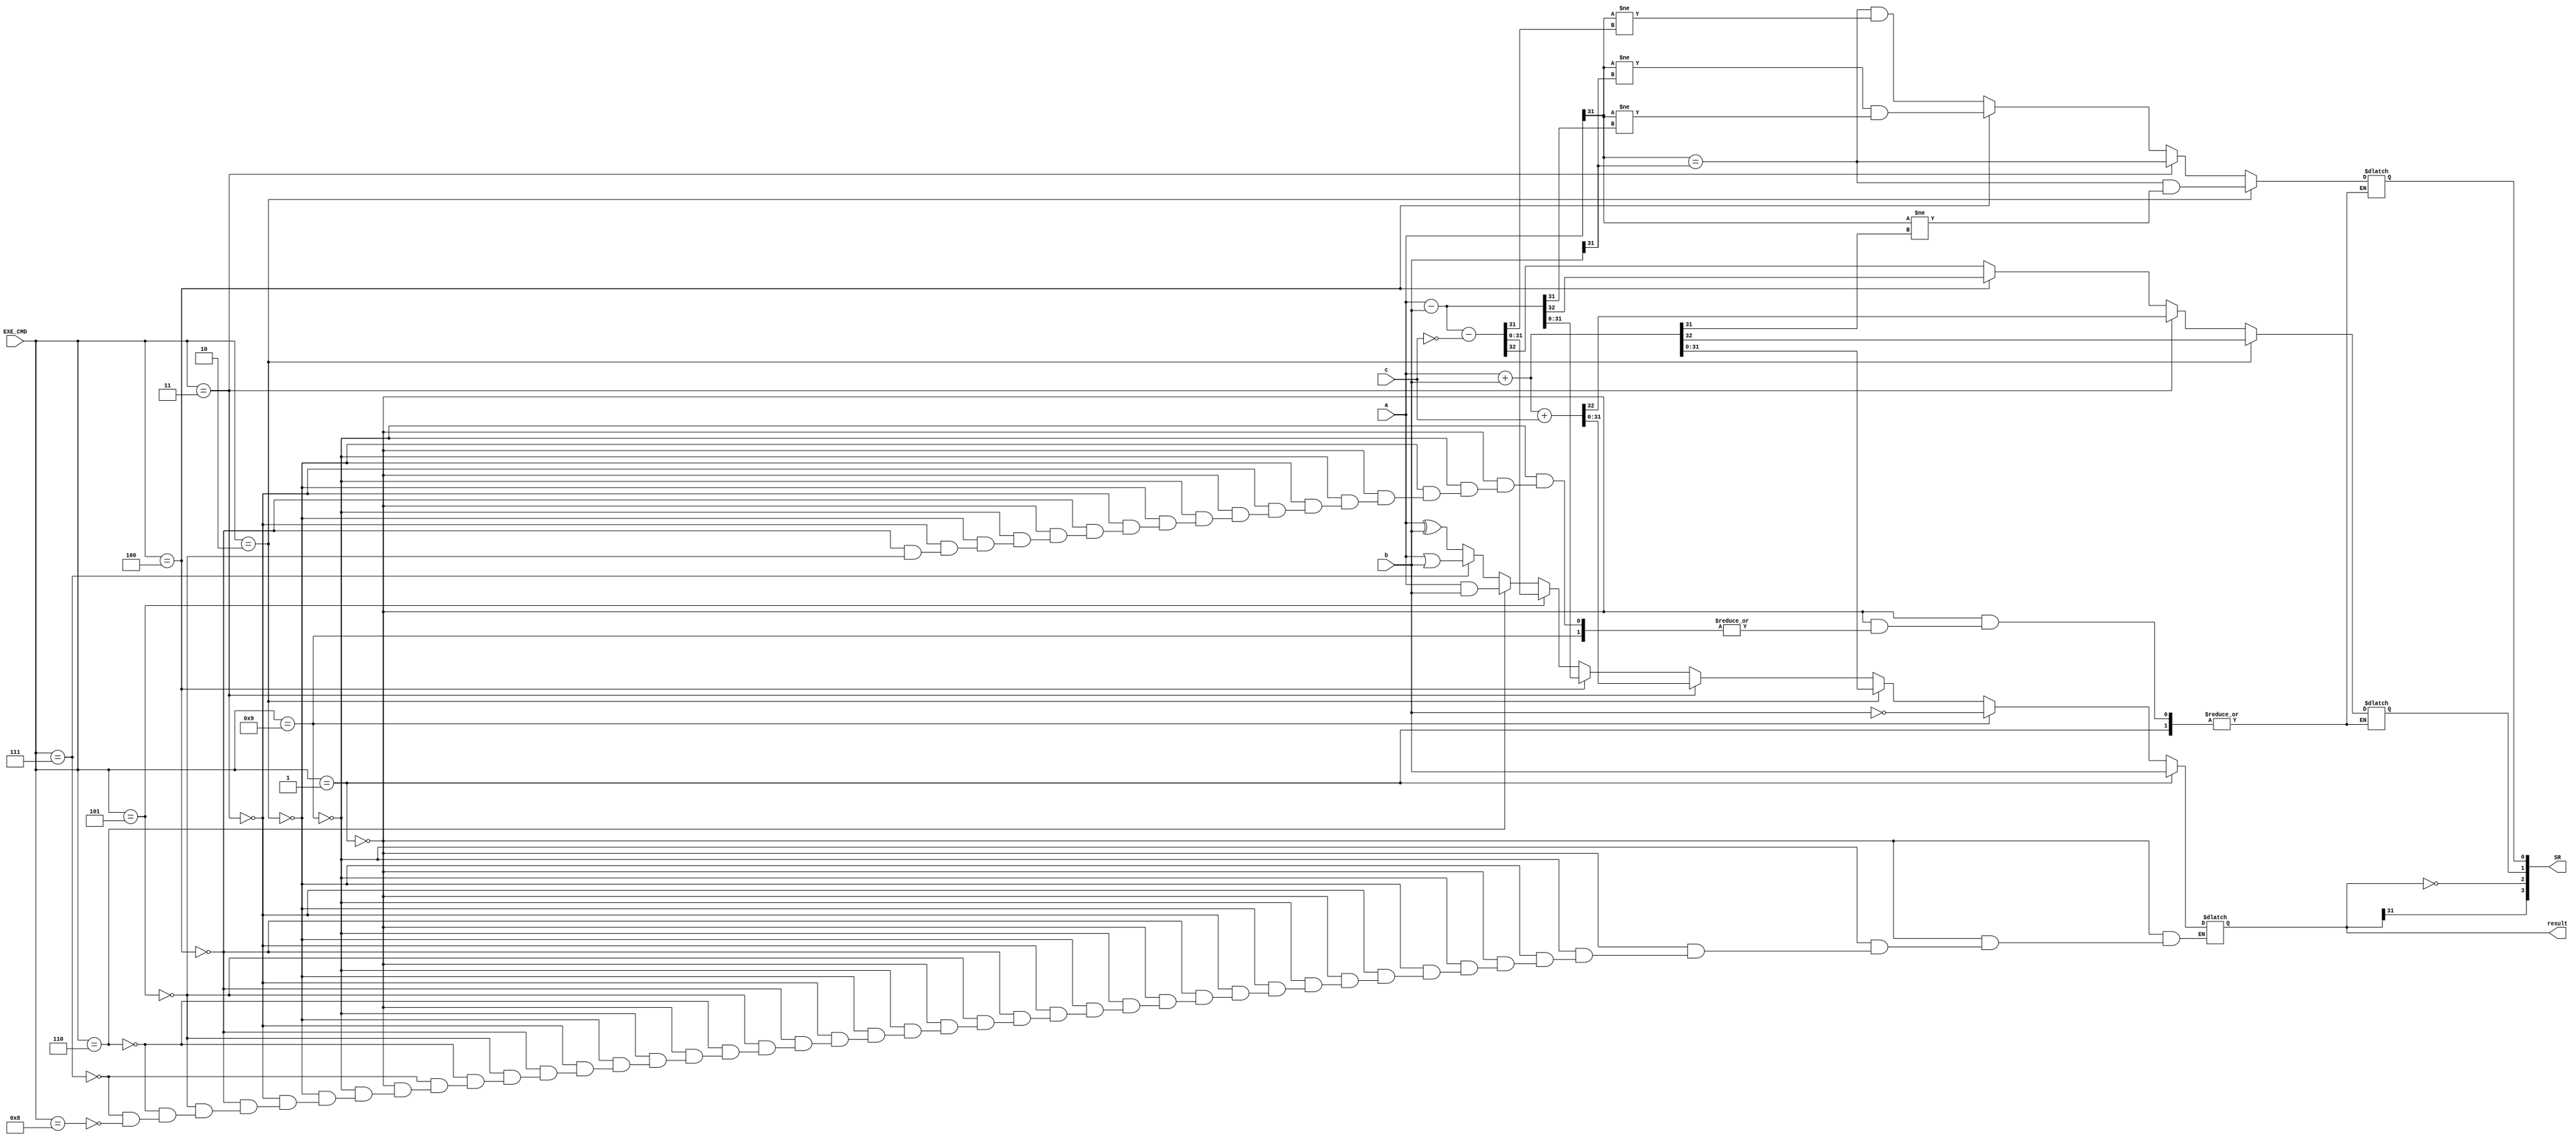
module ALU(input [31:0] a,b,input [3:0] EXE_CMD,input c, output reg [31:0] result, output [3:0] SR);
  
  reg C,V;
  wire N,Z;
  
  always@(*)begin
    if(EXE_CMD==3'b0001)
      result=b;
    else if(EXE_CMD==4'b1001)
      result=~b;
    else if(EXE_CMD==4'b0010) begin
      {C,result}=a+b;
      V=(a[31]==b[31])&(a[31]!=result[31]);
    end
    else if(EXE_CMD==4'b0011) begin
      {C,result}=a+b+{31'b0,c};
      V=(a[31]==b[31]);
    end
    else if(EXE_CMD==4'b0100) begin
      {C,result}=a-b;
      V=(a[31]!=b[31])&(a[31]!=result[31]);
    end
    else if(EXE_CMD==4'b0101) begin
      {C,result}=a-b-{31'b0,~c};
      V=(a[31]==b[31])&(a[31]!=result[31]);
    end
    else if(EXE_CMD==4'b0110)
      result=a&b;
    else if(EXE_CMD==4'b0111)
      result=a|b;
    else if(EXE_CMD==4'b1000)
      result=a^b;
  end
  
  assign N=result[31];
  assign Z=(result==32'b0);
  assign SR={N,Z,C,V};
  
endmodule